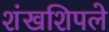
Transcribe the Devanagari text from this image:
शंखशिपले